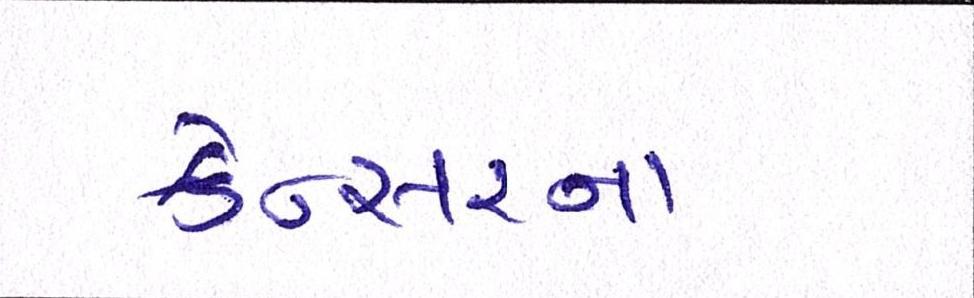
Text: કેન્સરના